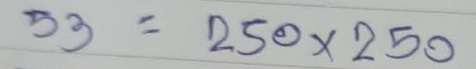
53 = 250 x 250